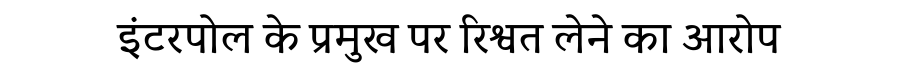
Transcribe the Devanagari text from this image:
इंटरपोल के प्रमुख पर रिश्वत लेने का आरोप